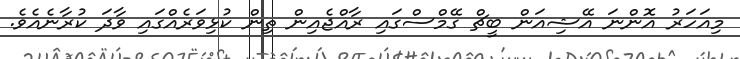
މިއަހަރު އޮންނަ އޭޝިއަން ބީޗް ގޭމްސްގައި ރާއްޖެއިން ތިން ކުޅިވަރެއްގައި ވާދަ ކުރާނެއެވެ.